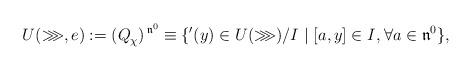
LaTeX: \begin{align*}U^{}(\ggg,e):=(Q^{}_\chi)^{\,\mathfrak{n}^0}\equiv\{'(y)\in U({\ggg})/I^{} \mid [a,y]\in I^{}, \forall a\in\mathfrak{n}^0\},\end{align*}